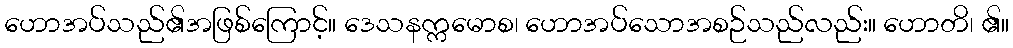
ဟောအပ်သည်၏အဖြစ်ကြောင့်။ ဒေသနက္ကမောစ၊ ဟောအပ်သောအစဉ်သည်လည်း။ ဟောတိ၊ ၏။